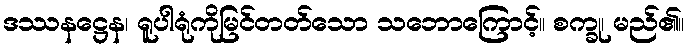
ဒဿနဋ္ဌေန၊ ရူပါရုံကိုမြင်တတ်သော သဘောကြောင့်။ စက္ခု၊ မည်၏။